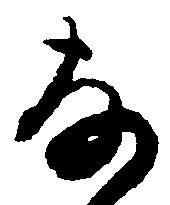
な